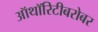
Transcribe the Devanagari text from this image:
ऑथॉरिटीबरोबर